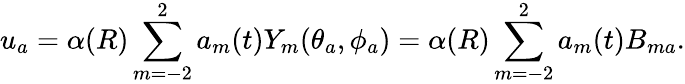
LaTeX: u_{a}=\alpha(R)\sum_{m=-2}^{2}a_{m}(t)Y_{m}(\theta_{a},\phi_{a})=\alpha(R)\sum_{m=-2}^{2}a_{m}(t)B_{ma}.